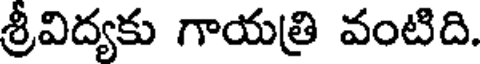
శ్రీవిద్యకు గాయత్రి వంటిది.